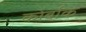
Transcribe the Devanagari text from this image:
कोर्बाक